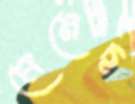
মেনেছ